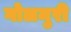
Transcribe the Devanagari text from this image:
गोलमुरी